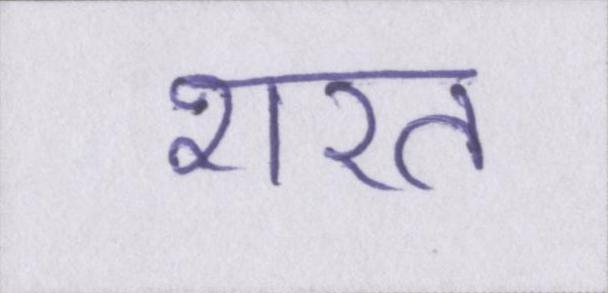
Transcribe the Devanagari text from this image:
शरत